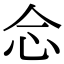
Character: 𢗁